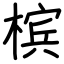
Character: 槟